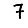
Digit: 7